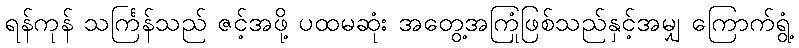
ရန်ကုန် သင်္ကြန်သည် ဇင့်အဖို့ ပထမဆုံး အတွေ့အကြုံဖြစ်သည်နှင့်အမျှ ကြောက်ရွံ့